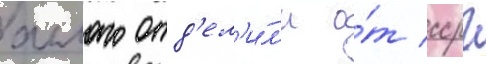
аллаго отд'ел'и́л'и о́т ссрг